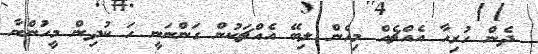
ދެން ހުރިހާ އެއްޗެއް މިހެން ލިބޭ އެއްޗަކުން ގަންނަނީ ހަ ކުދިން މީހުންނާ